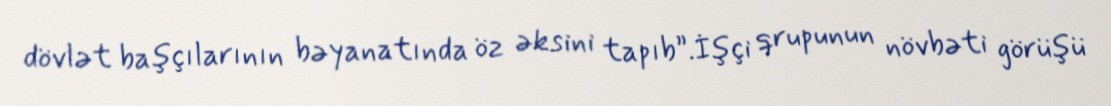
dövlət başçılarının bəyanatında öz əksini tapıb”.İşçi qrupunun növbəti görüşü